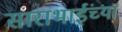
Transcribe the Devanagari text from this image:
साराभाईंच्या